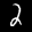
Digit: 2